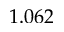
1 . 0 6 2